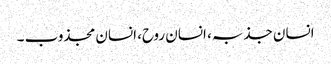
انسان جذبہ، انسان روح، انسان مجذوب ۔